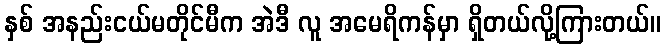
နှစ် အနည်းငယ်မတိုင်မီက အဲဒီ လူ အမေရိကန်မှာ ရှိတယ်လို့ကြားတယ်။